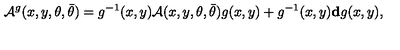
{ \cal A } ^ { g } ( x , y , \theta , \bar { \theta } ) = g ^ { - 1 } ( x , y ) { \cal A } ( x , y , \theta , \bar { \theta } ) g ( x , y ) + g ^ { - 1 } ( x , y ) { \bf d } g ( x , y ) ,